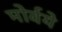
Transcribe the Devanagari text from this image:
मोर्वये